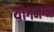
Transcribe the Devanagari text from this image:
योगमग्न